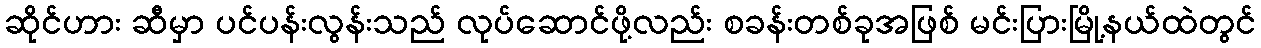
ဆိုင်ဟား ဆီမှာ ပင်ပန်းလွန်းသည် လုပ်ဆောင်ဖို့လည်း စခန်းတစ်ခုအဖြစ် မင်းပြားမြို့နယ်ထဲတွင်